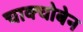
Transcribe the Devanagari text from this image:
चाक्चोबेन